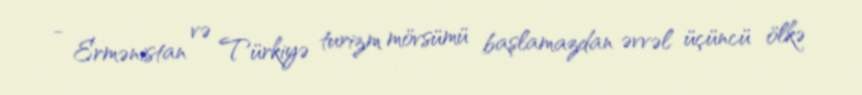
- Ermənistan və Türkiyə turizm mövsümü başlamazdan əvvəl üçüncü ölkə